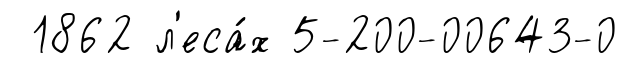
1862 л'еса́х 5-200-00643-0